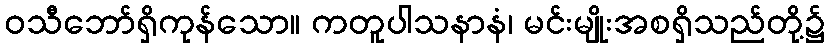
ဝသီဘော်ရှိကုန်သော။ ကတူပါသနာနံ၊ မင်းမျိုးအစရှိသည်တို့၌